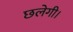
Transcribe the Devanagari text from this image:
छलेगी।